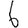
Digit: 6